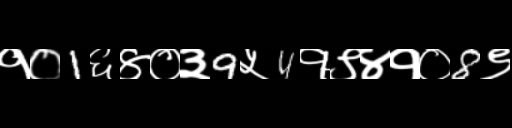
Text: १०1६४०३9५4१९४१०8९